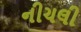
નીચલી